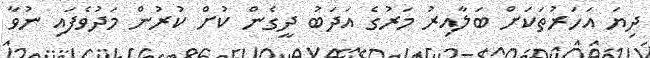
ދިޔަ އަހަރުތަކަށް ބަލާއިރު މަރުގެ އަދަބު ދީގެން ކުށް ކުރުން މަދުވެފައި ނުވާ